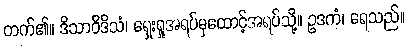
တက်၏။ ဒိသာဝိဒိသံ၊ ရှေးရှုအရပ်မှထောင့်အရပ်သို့။ ဥဒကံ၊ ရေသည်။